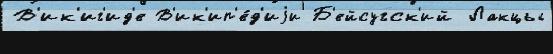
В'ик'иг'ид'е В'ик'ип'е́д'иjи Б'ейсугск'ий Лакцы